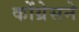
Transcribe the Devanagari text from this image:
कोंग्रेसने